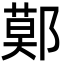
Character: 鄚